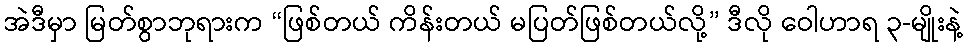
အဲဒီမှာ မြတ်စွာဘုရားက “ဖြစ်တယ် ကိန်းတယ် မပြတ်ဖြစ်တယ်လို့” ဒီလို ဝေါဟာရ ၃-မျိုးနဲ့